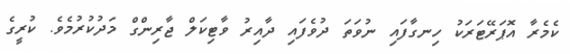
ކެމެރާ އޮޕަރޭޓަރަކު ހިނގާފައި ނުވަތަ ދުވެފައި ދާއިރު ވާޓިކަލް ޖާރިންގް މަދުކުރުމެވެ. ކުރީގެ